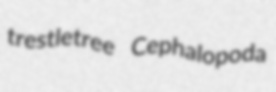
trestletree Cephalopoda